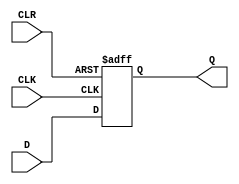
module DF(Q, D, CLR, CLK);
input CLK, CLR, D ;
output reg Q ;

always @(posedge CLK or posedge CLR)
begin 
    if (CLR)
    begin 
        Q <= 0;
    end
    else 
    begin
        Q <= D ;
    end
end
endmodule